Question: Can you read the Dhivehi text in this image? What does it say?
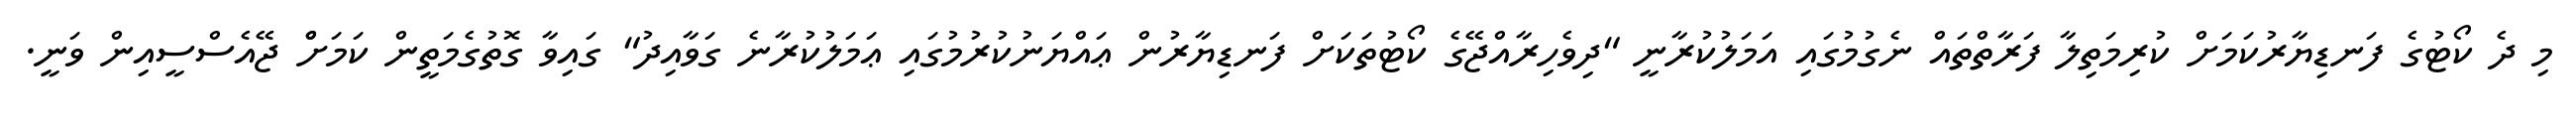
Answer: މި ދެ ކޯޓުގެ ފަނޑިޔާރުކަމަށް ކުރިމަތިލާ ފަރާތްތައް ނެގުމުގައި އަމަލުކުރާނީ "ދިވެހިރާއްޖޭގެ ކޯޓުތަކަށް ފަނޑިޔާރުން ޢައްޔަނުކުރުމުގައި ޢަމަލުކުރާނެ ގަވާއިދު" ގައިވާ ގޮތުގެމަތީން ކަމަށްް ޖޭއެސްސީއިން ވަނީ.